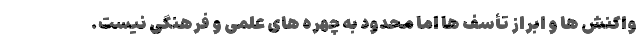
واکنش ها و ابراز تأسف ها اما محدود به چهره های علمی و فرهنگی نیست.